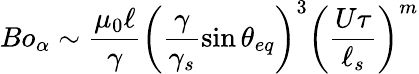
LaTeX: Bo_{\alpha}\sim\frac{\mu_{0}\ell}{\gamma}\left(\frac{\gamma}{\gamma_{s}}\sin{\theta_{eq}}\right)^{3}\left(\frac{U\tau}{\ell_{s}}\right)^{m}